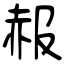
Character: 赧